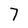
Character: 7